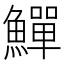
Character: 鱓